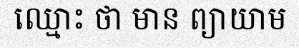
ឈ្មោះ ថា មាន ព្យាយាម